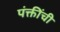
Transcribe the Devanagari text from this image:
पंक्तींची